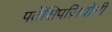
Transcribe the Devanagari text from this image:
पर्तेसिपज़ियोनी